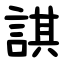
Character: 諆